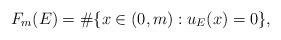
LaTeX: \begin{align*}F_m(E) = \#\{x \in (0,m) : u_E(x) = 0\},\end{align*}